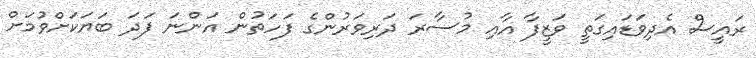
ރައީސް އެދިވަޑައިގަތީ ވަޒީފާ އާއި މުސާރަ ދަރިވަރުންގެ ފަހަތުން އަންނަ ފަދަ ބަޔަކަށްވުމަށް